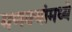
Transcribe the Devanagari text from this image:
मणक्यांमध्ये